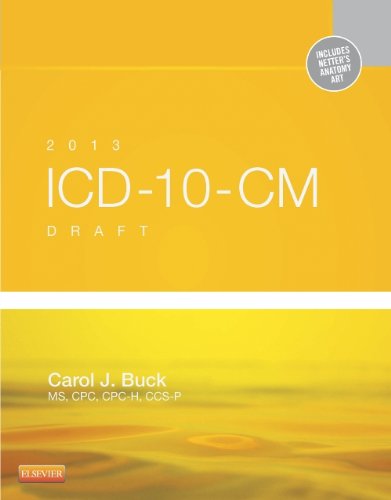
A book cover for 2013 ICD-10-CM Draft Edition, 1e; Carol J. Buck MS  CPC  CCS-P; Medical Books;